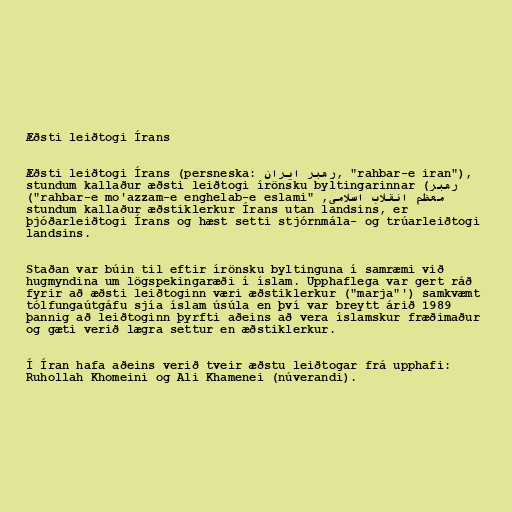
Æðsti leiðtogi Írans

Æðsti leiðtogi Írans (persneska: رهبر ایران‎‎, "rahbar-e iran"),
stundum kallaður æðsti leiðtogi írönsku byltingarinnar (رهبر
معظم انقلاب اسلامی, "rahbar-e mo'azzam-e enghelab-e eslami")
stundum kallaður æðstiklerkur Írans utan landsins, er
þjóðarleiðtogi Írans og hæst setti stjórnmála- og trúarleiðtogi
landsins.

Staðan var búin til eftir írönsku byltinguna í samræmi við
hugmyndina um lögspekingaræði í íslam. Upphaflega var gert ráð
fyrir að æðsti leiðtoginn væri æðstiklerkur ("marja"') samkvæmt
tólfungaútgáfu sjía íslam úsúla en því var breytt árið 1989
þannig að leiðtoginn þyrfti aðeins að vera íslamskur fræðimaður
og gæti verið lægra settur en æðstiklerkur.

Í Íran hafa aðeins verið tveir æðstu leiðtogar frá upphafi:
Ruhollah Khomeini og Ali Khamenei (núverandi).